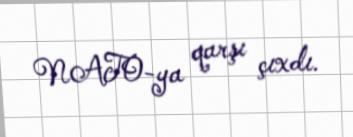
NATO-ya qarşı çıxdı.